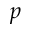
^ { p }